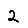
Digit: 2